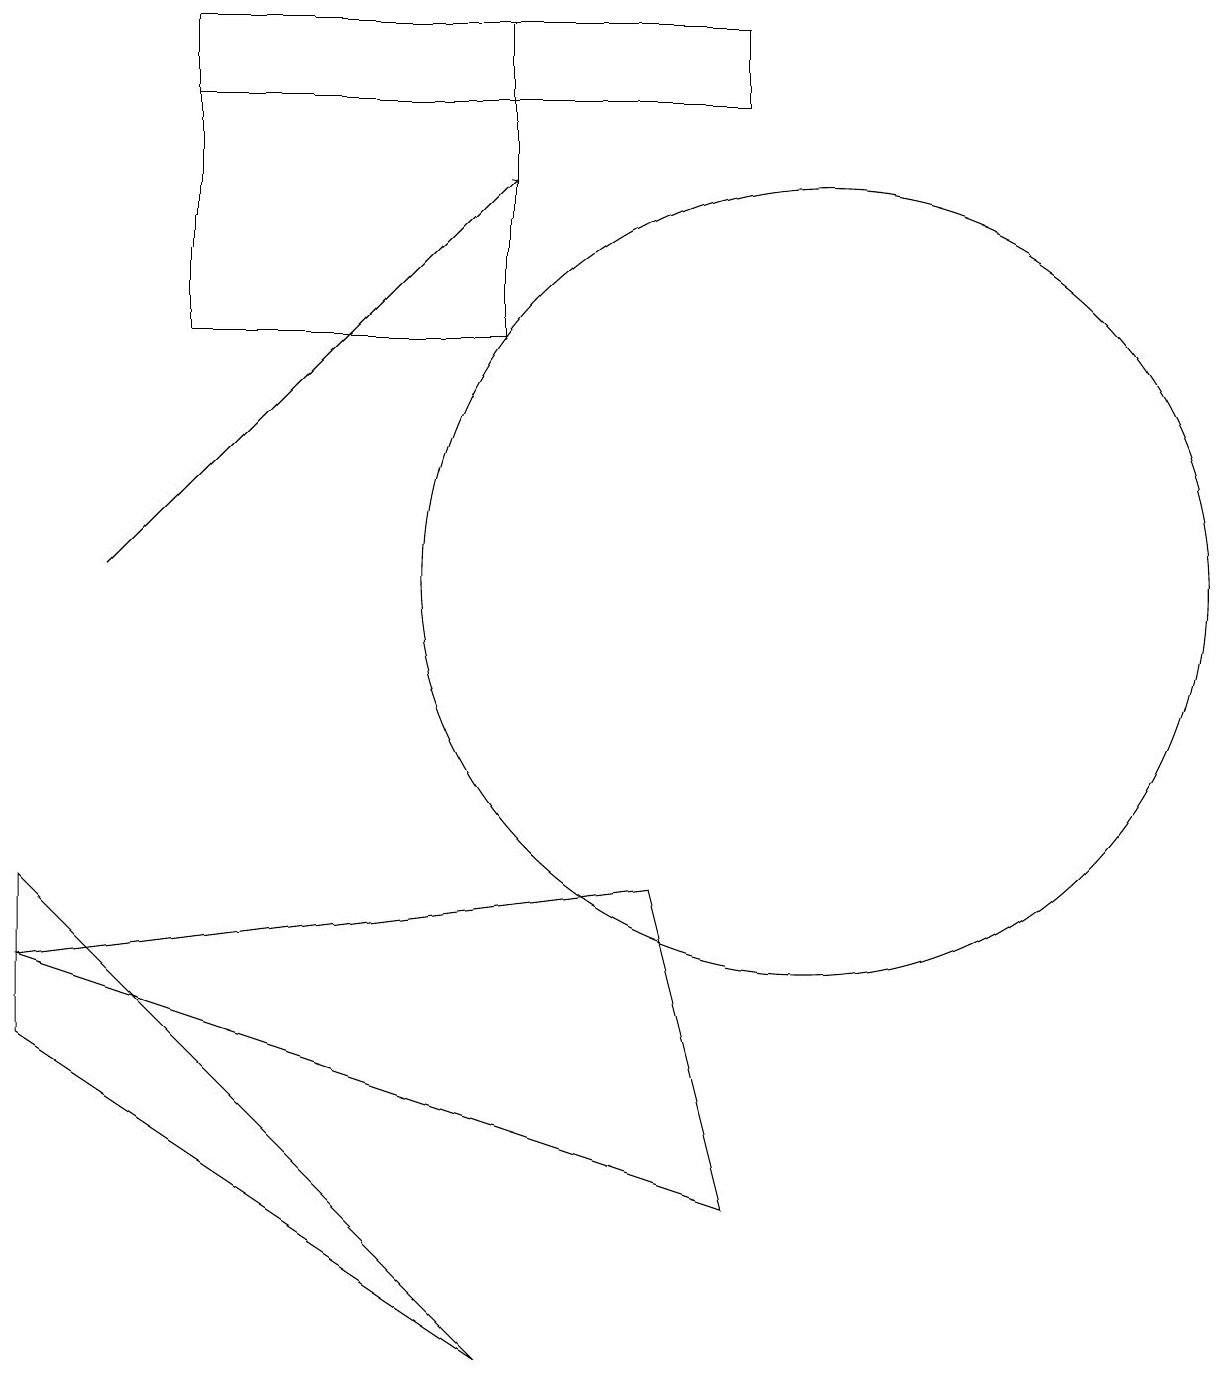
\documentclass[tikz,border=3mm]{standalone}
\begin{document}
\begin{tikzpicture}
\draw (2,17) rectangle (6,13);
\draw (0,6) -- (6,0) -- (0,4) -- cycle;
\draw (9,2) -- (8,6) -- (0,5) -- cycle;
\draw (9,17) rectangle (2,16);
\draw (10,10) circle (5);
\draw[->] (1,10) -- (6,15);
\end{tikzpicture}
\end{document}